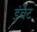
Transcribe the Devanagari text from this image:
इंवेट